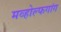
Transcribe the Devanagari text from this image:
मव्होल्फगांग